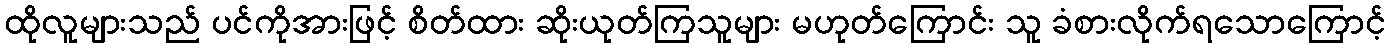
ထိုလူများသည် ပင်ကိုအားဖြင့် စိတ်ထား ဆိုးယုတ်ကြသူများ မဟုတ်ကြောင်း သူ ခံစားလိုက်ရသောကြောင့်